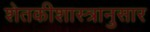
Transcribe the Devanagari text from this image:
शेतकीशास्त्रानुसार